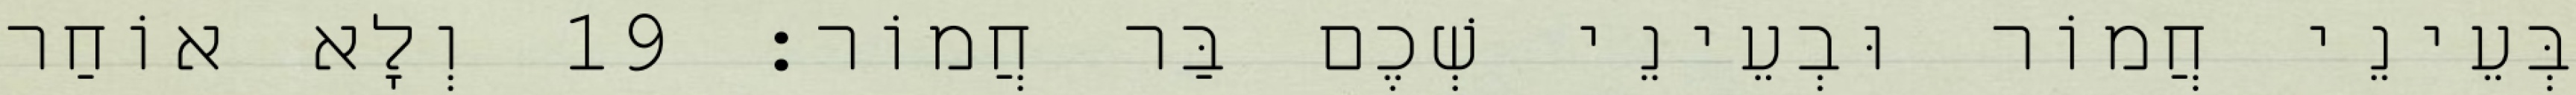
בְּעֵינֵי חֲמוֹר וּבְעֵינֵי שְׁכֶם בַּר חֲמוֹר׃ 19 וְלָא אוֹחַר